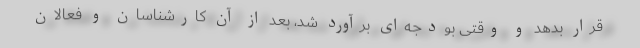
قرار بدهد و وقتی بودجه‌ای برآورد شد، بعد از آن کارشناسان و فعالان